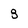
Character: 8